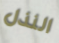
النذل